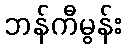
ဘန်ကီမွန်း